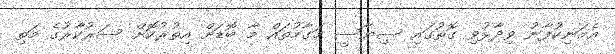
އެމަނިކުފާނު ވިދާޅުވި ގޮތުގައި ސިޔާސީ މަގާމުތައް މާ ބޮޑަށް އިތުރުކޮށް ސަރުކާރުގެ މަތި